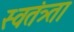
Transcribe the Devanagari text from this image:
स्वतंत्र्ता